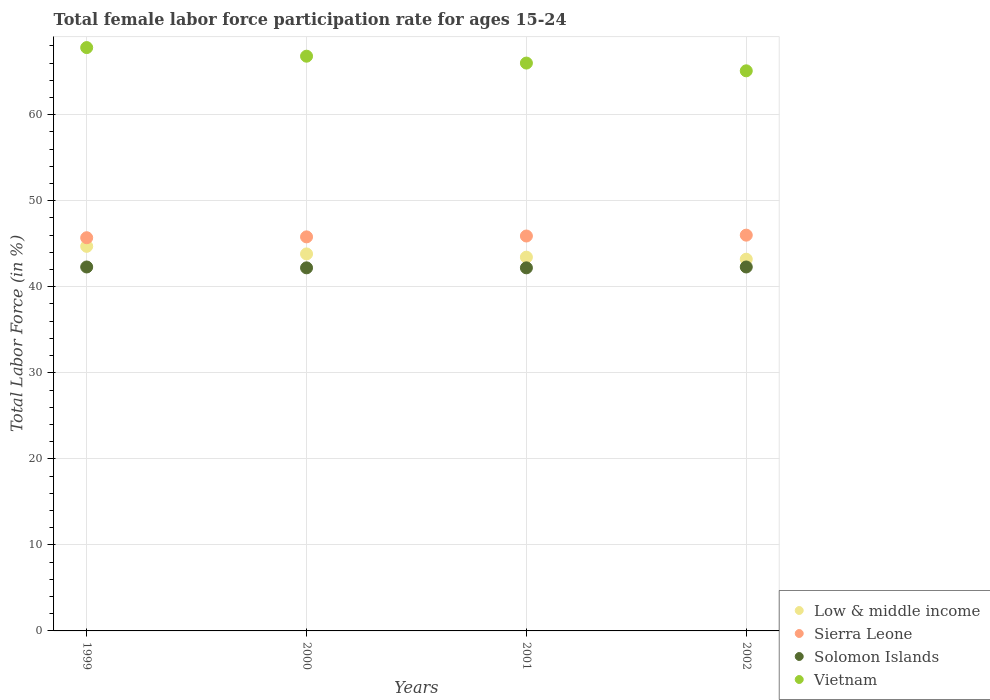
| Years | Low & middle income | Sierra Leone | Solomon Islands | Vietnam |
 | --- | --- | --- | --- | --- |
 | 1999 | 44.7 | 45.7 | 42.3 | 67.8 |
 | 2000 | 43.8 | 45.8 | 42.2 | 66.8 |
 | 2001 | 43.4 | 45.9 | 42.2 | 66 |
 | 2002 | 43.2 | 46 | 42.3 | 65.1 |